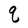
Character: q